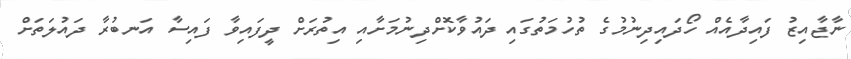
ނާޖާއިޒު ފައިދާއެއް ހޯދައިދިނުމުގެ ތުހުމަތުގައި ދައުވާކޮށްދިނުމަށާއި އިތުރަށް ދީފައިވާ ފައިސާ އަނބުރާ ދައުލަތަށް